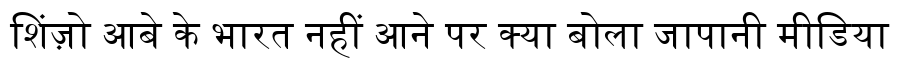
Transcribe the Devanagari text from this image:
शिंज़ो आबे के भारत नहीं आने पर क्या बोला जापानी मीडिया